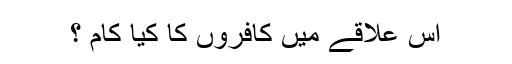
اس علاقے میں کافروں کا کیا کام ؟